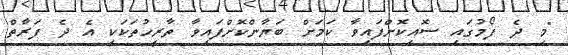
"މި ދެ ފޯމުގައި ސޮއިކޮށްފައިވާ ކަމަށް ބަޔާންކޮށްފައިވާ ތާރީހުތަކަކީ އެ ދެ ފަރާތް